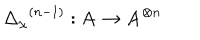
LaTeX: { { \Delta } _ { \chi } } ^ { ( n - 1 ) } : \mathbf { A } \rightarrow { \mathbf { A } } ^ { \otimes n }